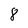
Character: 8